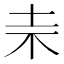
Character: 𣏄